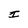
Character: I